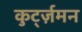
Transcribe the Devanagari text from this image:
कुर्ट्ज़मन